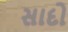
સાદો